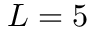
L = 5